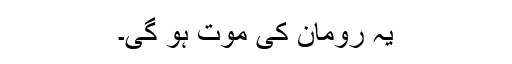
یہ رومان کی موت ہو گی۔